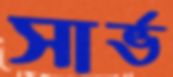
সার্ভ